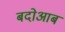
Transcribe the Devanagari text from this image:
बदोआब